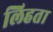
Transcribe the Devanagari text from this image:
लिहता